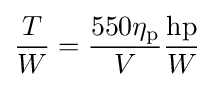
{\frac {T}{W}}={\frac {550\eta _{\mathrm {p} }}{V}}{\frac {\text{hp}}{W}}